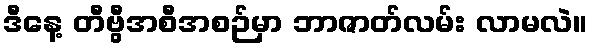
ဒီနေ့ တီဗွီအစီအစဉ်မှာ ဘာဇာတ်လမ်း လာမလဲ။